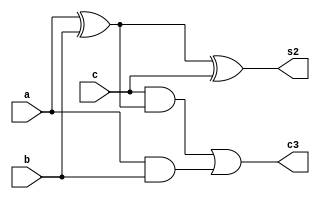
`timescale 1ns / 1ps

module Full_Adder(input a,b,c, 
                  output s2,
                  output c3
);
wire c1,c2,s1;
xor X1(s1,a,b);
xor X2(s2,s1,c);
and A1(c1,a,b);
and A2(c2,c,s1);
or O1(c3,c2,c1);
endmodule

module Half_Adder(
    input a,b,
    output s,c
    );
xor x1(s,a,b);
and a1(c,a,b);
endmodule
    
module three_bit_mult(
    input a2,a1,a0,b2,b1,b0,
    output q5,q4,q3,q2,q1,q0
    );
wire w0,w1,w2,w3,w4,w5,w6,w7,w8;
wire s1,s2,s3,s4,s5,sc,c1,c2,c3,c4,c5,c6,cc;

and and0(w0,a0,b0);
and and1(w1,a1,b0);
and and2(w2,b1,a0);
and and3(w3,a2,b0);
and and4(w4,a1,b1);
and and5(w5,a0,b2);
and and6(w6,b1,a2);
and and7(w7,a1,b2);
and and8(w8,a2,b2);

Half_Adder HA1(w1,w2,s1,c1);
Full_Adder FA1(c1,w3,w4,s2,c2);
Half_Adder HA2(s2,w5,s3,c3);
//or o1(c6,c3,c2);
Full_Adder FA2(c2,w6,w7,s4,c4);
Half_Adder HA_Tr(s4,c3,sc,cc);
Full_Adder FA3(c4,cc,w8,s5,c5);

assign q0 = w0;
assign q5 = c5;
assign q1 = s1;
assign q2 = s3;
assign q3 = sc;
assign q4 = s5;

endmodule

module three_bit_mult_tb;

reg a2,a1,a0,b2,b1,b0;
wire q5,q4,q3,q2,q1;

three_bit_mult Three_Bit_Multiplier(a2,a1,a0,b2,b1,b0,q5,q4,q3,q2,q1,q0);
integer i = 0;
initial
begin

for(i=0;i <64; i = i+1)
#10
{a2,a1,a0,b2,b1,b0}=i;

$finish;
end


endmodule